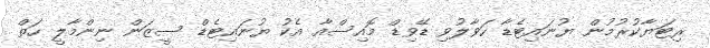
ރިޓަޔާކުރުމުން ޔުނައިޓެޑާ ހަވާލުވި ޑޭވިޑް މޮއިސްއާ އެކު ޔުނައިޓެޑް ސީޒަން ނިންމާލީ ހަތް